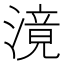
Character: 滰